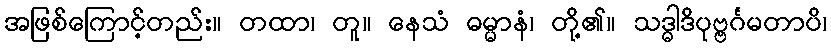
အဖြစ်ကြောင့်တည်း။ တထာ၊ တူ။ နေသံ ဓမ္မာနံ၊ တို့၏။ သဒ္ဓါဒိပုဗ္ဗင်္ဂမတာပိ၊